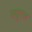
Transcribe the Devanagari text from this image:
ज्युएल